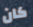
كان